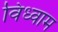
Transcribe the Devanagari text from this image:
विध्वाम